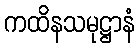
ကထိနသမုဋ္ဌာနံ